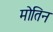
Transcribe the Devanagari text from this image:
मोतिन